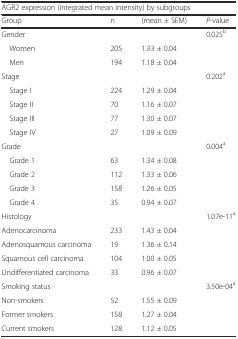
<table><thead><tr><td colspan="4"><b>AGR2 expression (integrated mean intensity) by subgroups</b></td></tr><tr><td><b>Group</b></td><td><b>n</b></td><td><b>(mean ± SEM)</b></td><td><b><i>P</i>-value</b></td></tr></thead><tbody><tr><td>Gender</td><td></td><td></td><td>0.025<sup>b</sup></td></tr><tr><td> Women</td><td>205</td><td>1.33 ± 0.04</td><td></td></tr><tr><td> Men</td><td>194</td><td>1.18 ± 0.04</td><td></td></tr><tr><td>Stage</td><td></td><td></td><td>0.202<sup>a</sup></td></tr><tr><td> Stage I</td><td>224</td><td>1.29 ± 0.04</td><td></td></tr><tr><td> Stage II</td><td>70</td><td>1.16 ± 0.07</td><td></td></tr><tr><td> Stage III</td><td>77</td><td>1.30 ± 0.07</td><td></td></tr><tr><td> Stage IV</td><td>27</td><td>1.09 ± 0.09</td><td></td></tr><tr><td>Grade</td><td></td><td></td><td>0.004<sup>a</sup></td></tr><tr><td> Grade 1</td><td>63</td><td>1.34 ± 0.08</td><td></td></tr><tr><td> Grade 2</td><td>112</td><td>1.33 ± 0.06</td><td></td></tr><tr><td> Grade 3</td><td>158</td><td>1.26 ± 0.05</td><td></td></tr><tr><td> Grade 4</td><td>35</td><td>0.94 ± 0.07</td><td></td></tr><tr><td>Histology</td><td></td><td></td><td>1.07e-11<sup>a</sup></td></tr><tr><td>Adenocarcinoma</td><td>233</td><td>1.43 ± 0.04</td><td></td></tr><tr><td>Adenosquamous carcinoma</td><td>19</td><td>1.36 ± 0.14</td><td></td></tr><tr><td>Squamous cell carcinoma</td><td>104</td><td>1.00 ± 0.05</td><td></td></tr><tr><td>Undifferentiated carcinoma</td><td>33</td><td>0.96 ± 0.07</td><td></td></tr><tr><td>Smoking status</td><td></td><td></td><td>3.50e-04<sup>a</sup></td></tr><tr><td>Non-smokers</td><td>52</td><td>1.55 ± 0.09</td><td></td></tr><tr><td>Former smokers</td><td>158</td><td>1.27 ± 0.04</td><td></td></tr><tr><td>Current smokers</td><td>128</td><td>1.12 ± 0.05</td><td></td></tr></tbody></table>